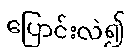
ပြောင်းလဲ၍